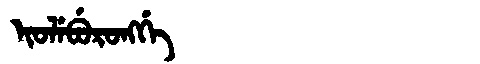
Manchu: ᡳᠣᠯᡝᠪᡠᡵᠣᠩᡤᡝ
Romanization: IOLEBURONGGE